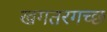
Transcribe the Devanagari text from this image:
खगतरगच्छ